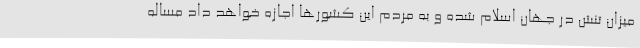
میزان تنش در جهان اسلام شده و به مردم این کشورها اجازه خواهد داد مساله